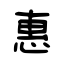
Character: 惠